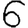
Digit: 6